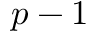
p - 1